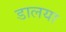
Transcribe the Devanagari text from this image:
डालया